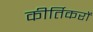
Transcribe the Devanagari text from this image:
कीर्तिकरों